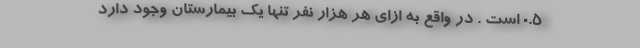
0.5 است . در واقع به ازای هر هزار نفر تنها یک بیمارستان وجود دارد